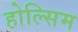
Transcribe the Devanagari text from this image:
होल्सिम